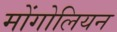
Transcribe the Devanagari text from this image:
मोंगोलियन